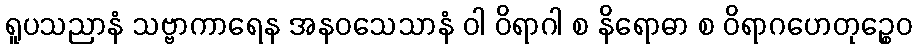
ရူပသညာနံ သဗ္ဗာကာရေန အနဝသေသာနံ ဝါ ဝိရာဂါ စ နိရောဓာ စ ဝိရာဂဟေတုဉ္စေဝ